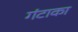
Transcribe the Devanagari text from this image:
गंटाका